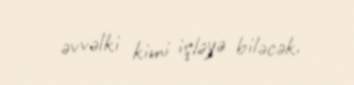
əvvəlki kimi işləyə biləcək.